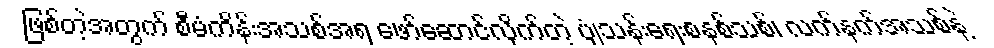
ဖြစ်တဲ့အတွက် စီမံကိန်းအသစ်အရ ဖော်ဆောင်လိုက်တဲ့ ပျံသန်းရေးစနစ်သစ်၊ လက်နက်အသစ်နဲ့